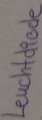
Text: Leuchtdiode